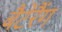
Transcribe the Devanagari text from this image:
बैटेरैंग